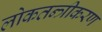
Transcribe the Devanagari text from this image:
लोकतन्‍त्रीकरण